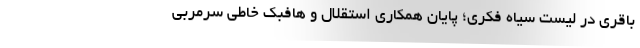
باقری در لیست سیاه فکری؛ پایان همکاری استقلال و هافبک خاطی سرمربی